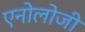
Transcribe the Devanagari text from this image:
एनोलोजी